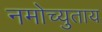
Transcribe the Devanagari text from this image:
नमोच्युताय